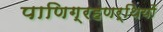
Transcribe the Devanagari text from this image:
पाणिग्रहणर्थियों